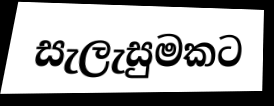
සැලැසුමකට